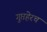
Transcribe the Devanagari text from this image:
गुप्तहेरच